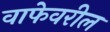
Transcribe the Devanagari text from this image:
वाफेवरील